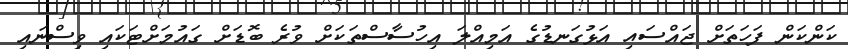
ކަންކަން ފަހަތަށް ޖައްސައި އަޅުގަނޑުގެ އަމިއްލަ އިހުސާސްތަކަށް ވުރެ ބޮޑަށް ގައުމަށްޓަކައި ވިސްނައި